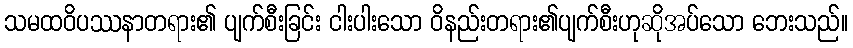
သမထဝိပဿနာတရား၏ ပျက်စီးခြင်း ငါးပါးသော ဝိနည်းတရား၏ပျက်စီးဟုဆိုအပ်သော ဘေးသည်။